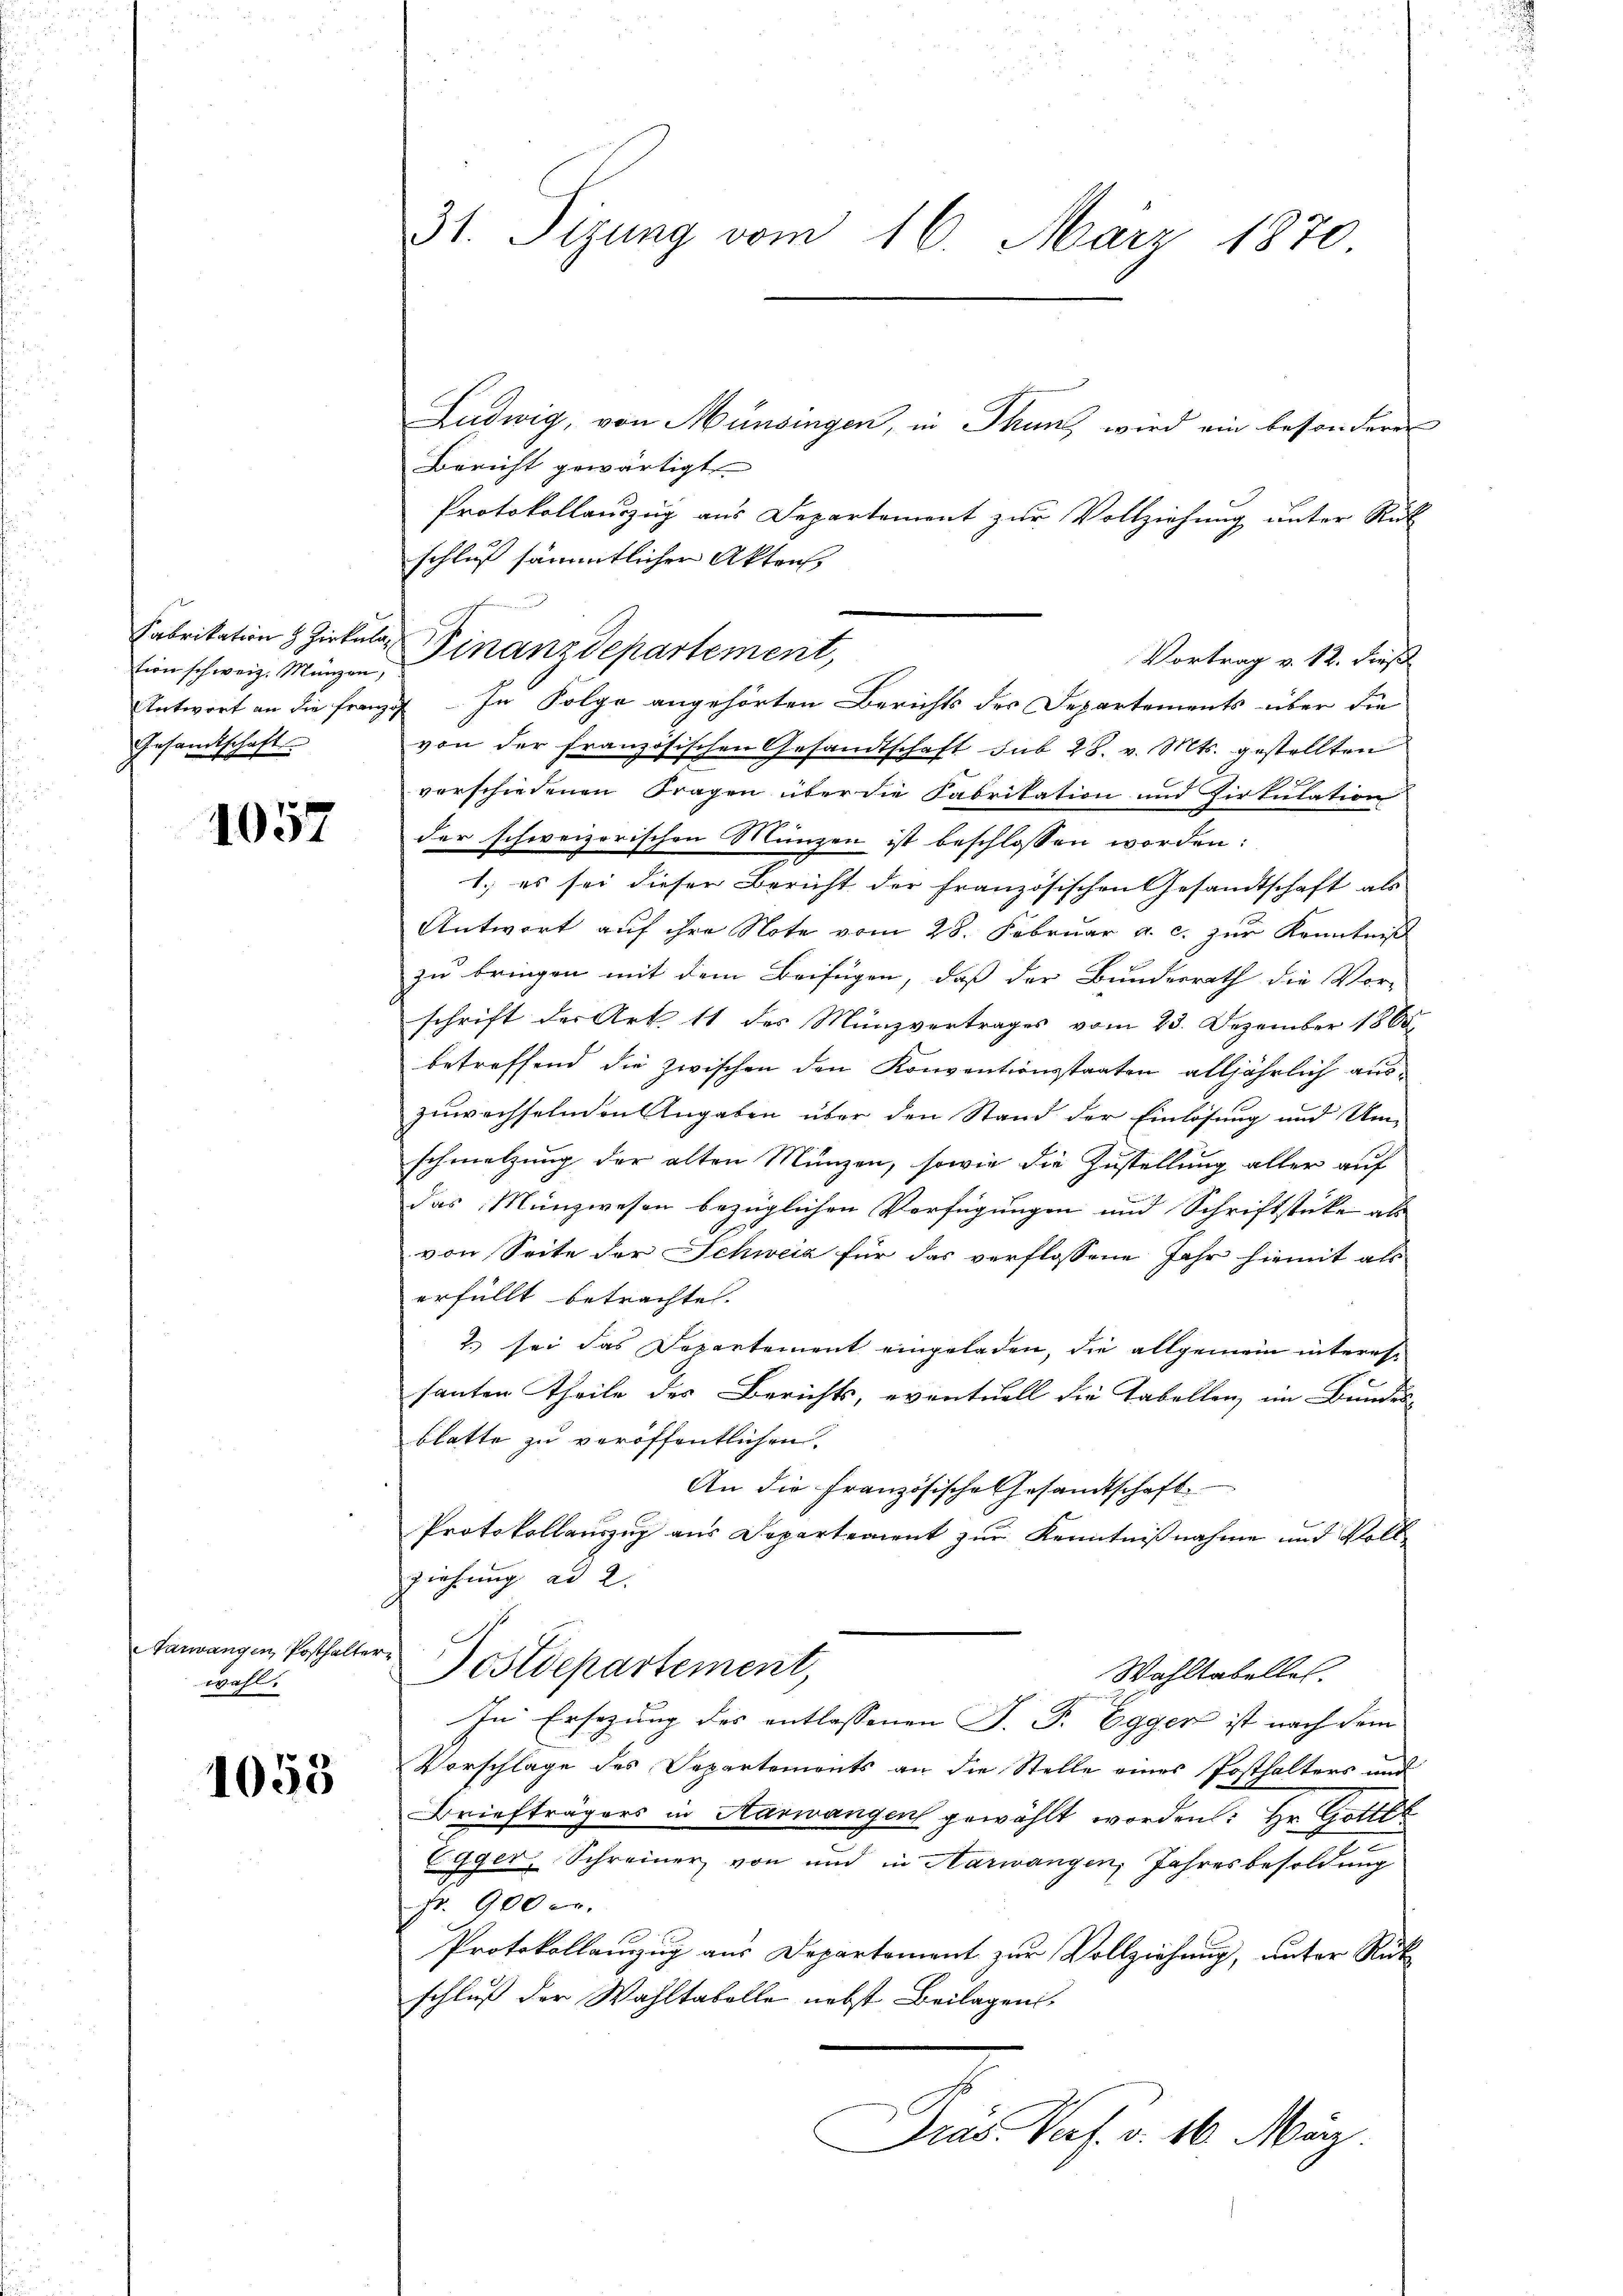
tion schweiz. Münzen,
Gesandtschaft

1057

Aarwangen, Posthalter-
wohl.

1053

Ludwig, von Münsingen, in Thun, wird ein besondere
Bericht gewärtigt
Protokollauszug aus Departement zur Vollziehung unter Rück
schluß sämmtlicher Akten,
Vortrag v. 12. dieß
Antwort an die Franzig – In Folge angehörten Berichts des Departements über die
von der französischen Gesandtschaft sub 28. v. Mts. gestellten
vorschiedenen Fragen über die Fabrikation und Zirkulation
der schweizorischen Münzen ist beschlossen worden:
1. es sei dieser Bericht der französischen Gesandtschaft als
Antwort auf ihre Note vom 28. Februar a. c. zur Kenntniß
zu bringen mit dem Beifügen, daß der Bundesrath die Vor-
schrift der Art 11 des Münzvertrages vom 23. Dezember 1868
betreffend die zwischen den Konventionsstaaten alljährlich auszuwechselnden Angaben über den Stand der Einlösung und Umschmetzung der alten Münzen, sowie die Zustellung aller auf
das Münzwesen bezüglichen Verfügungen und Schriftstücke als
von Seite der Schweiz für das verflossene Jahr hiemit als
erfüllt betrachte.
2. sei das Departement eingeladen, die allgemein interessanten Theile des Berichts, eventuell die Tabellen, im Bundes-
blatte zu veröffentlichen.
An die Französische Gesamtschaft
Protokollauszug aus Departement zur Kenntnißnahme und Volk
ziehung ad 2.
Postdepartement,
Wahltabelles.
In Ersezung des entlassenen J. P. Egger ist nach dem
Vorschlage des Departements an die Stelle eines Posthalters und
Briefträgers in Aarwangen gewählt worden: Hr. Gottl
7
Egger, Schreiner von und in Harwangen, Jahresbesoldung
Fr. 900 c.
Protokollanzug aus Departement zur Vollziehung, unter Rück
schluß der Wahltabelle nebst Beilagen
Präs. Verf. v. 16. März.

31. Sizung vom 16. März 1870.

Fabrikation & Zirkula Finanzdepartement,